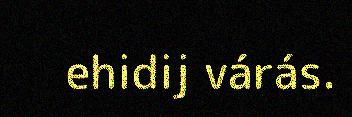
ehidij várás.